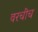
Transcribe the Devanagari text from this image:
वरचीच